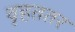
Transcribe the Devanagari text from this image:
वृहततर